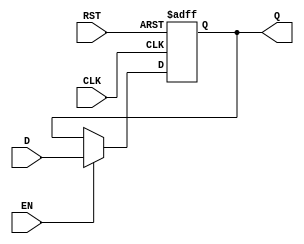
module StageRegister #(
    parameter WIDTH = 8  // Define the width of the register (default is 8 bits)
)(
    input wire [WIDTH-1:0] D,   // Data input
    input wire CLK,              // Clock input
    input wire RST,              // Asynchronous reset input
    input wire EN,               // Enable input
    output reg [WIDTH-1:0] Q     // Data output
);

// Sequential logic for the stage register
always @(posedge CLK or posedge RST) begin
    if (RST) begin
        Q <= {WIDTH{1'b0}};       // Reset Q to zero
    end else if (EN) begin
        Q <= D;                   // Capture input data D
    end
    // If EN is low, Q retains its previous value
end

endmodule